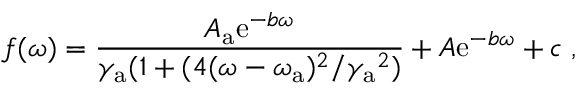
f ( \omega ) = \frac { A _ { \mathrm { a } } \mathrm { e } ^ { - b \omega } } { \gamma _ { \mathrm { a } } ( 1 + ( 4 ( \omega - \omega _ { \mathrm { a } } ) ^ { 2 } / { \gamma _ { \mathrm { a } } } ^ { 2 } ) } + A \mathrm { e } ^ { - b \omega } + c \; ,